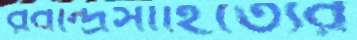
রবীন্দ্রসাহিত্যের